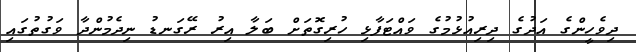
ދިވެހީންގެ އަދުގެ ދިރިއުޅުމުގެ ވައްޓަފާޅި ހުރިގޮތަށް ބަލާ އިރު ރޭގަނޑު ނިދެމުންދާ ވަގުތުގައި